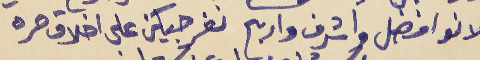
لانو افضل واشرف واربح      نفرجيكن على اخلاق حره